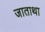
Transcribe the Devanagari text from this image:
जाताथा